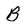
Character: B